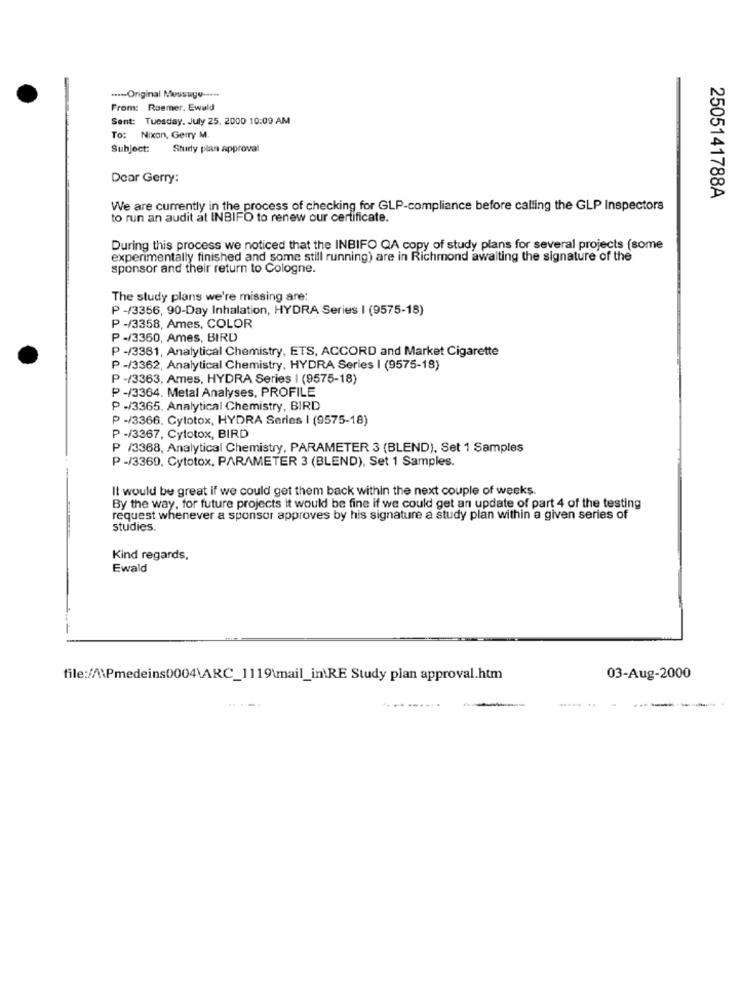
.-- Original Message ----
From: Roemer, Ewald
Sent: Tuesday, July 25, 2000 10:09 AM
To: Nixon, Gerry M.
Subject:
Study plan approval
Dear Gerry:
2505141788A
We are currently in the process of checking for GLP-compliance before calling the GLP Inspectors
to run an audit at INBIFO to renew our certificate.
During this process we noticed that the INBIFO QA copy of study plans for several projects (some
experimentally finished and some still running) are in Richmond awaiting the signature of the
sponsor and their return to Cologne.
The study plans we're missing are:
P -/3356, 90-Day Inhalation, HYDRA Series I (9575-18)
P -/3358, Ames, COLOR
P -/3350, Ames, BIRD
P-/3361, Analytical Chemistry, ETS, ACCORD and Market Cigarette
P -/3362, Analytical Chemistry, HYDRA Series | (9575-18)
P -/3363, Ames, HYDRA Series | (9575-18)
P -/3364. Metal Analyses, PROFILE
P -/3365. Analytical Chemistry, BIRD
P -/3366. Cytotox, HYDRA Series | (9575-18)
P -/3367, Cytotox, BIRD
P /3368, Analytical Chemistry, PARAMETER 3 (BLEND), Set 1 Samples
P-/3369. Cytotox, PARAMETER 3 (BLEND), Set 1 Samples.
It would be great if we could get them back within the next couple of weeks.
By the way, for future projects it would be fine if we could get an update of part 4 of the testing
request whenever a sponsor approves by his signature a study plan within a given series of
studies.
Kind regards,
Ewald
file:/A\Pmedeins0004\ARC_1119\mail_in\RE Study plan approval.htm
03-Aug-2000
-----